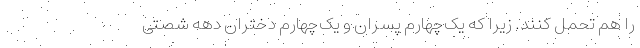
را هم تحمل کنند. زیرا که یک‌چهارم پسران و یک‌چهارم دختران دهه شصتی